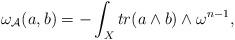
LaTeX: \begin{align*}\omega_{\mathcal{A}}(a,b)=-\int_{X}tr(a\wedge b)\wedge \omega^{n-1}, \end{align*}